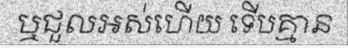
ឬជួលអស់ហើយ ទើបគ្មាន